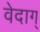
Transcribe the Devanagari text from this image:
वेदाग्